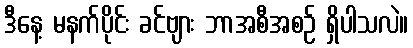
ဒီနေ့ မနက်ပိုင်း ခင်ဗျား ဘာအစီအစဉ် ရှိပါသလဲ။